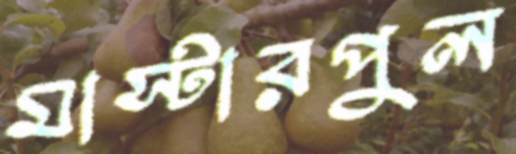
মাস্টারপুল